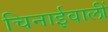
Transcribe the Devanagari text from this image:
चिनाईवालीं